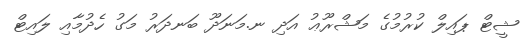
ޝީޓް ޕައިލް ކުރުމުގެ މަޝްރޫޢު އަދި ނ.މަނަދޫ ބަނދަރު މަގު ހެދުމާއި ލައިޓް